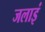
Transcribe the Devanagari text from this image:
जलाइं